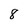
Character: 8